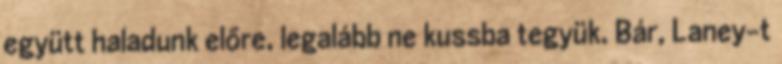
együtt haladunk előre, legalább ne kussba tegyük. Bár, Laney-t